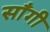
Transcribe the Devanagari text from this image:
साँगी